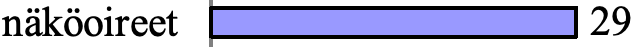
näköoireet          29